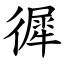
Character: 徲